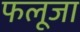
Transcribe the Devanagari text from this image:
फलूजा